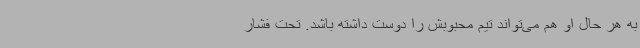
به‌ هر حال او هم می‌تواند تیم محبوبش را دوست داشته باشد. تحت فشار